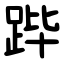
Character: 跸